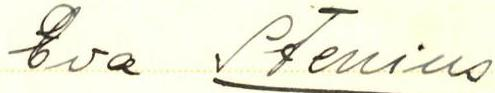
Eva Stenius